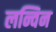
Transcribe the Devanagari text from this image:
लन्विन